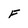
Character: F